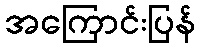
အကြောင်းပြန်